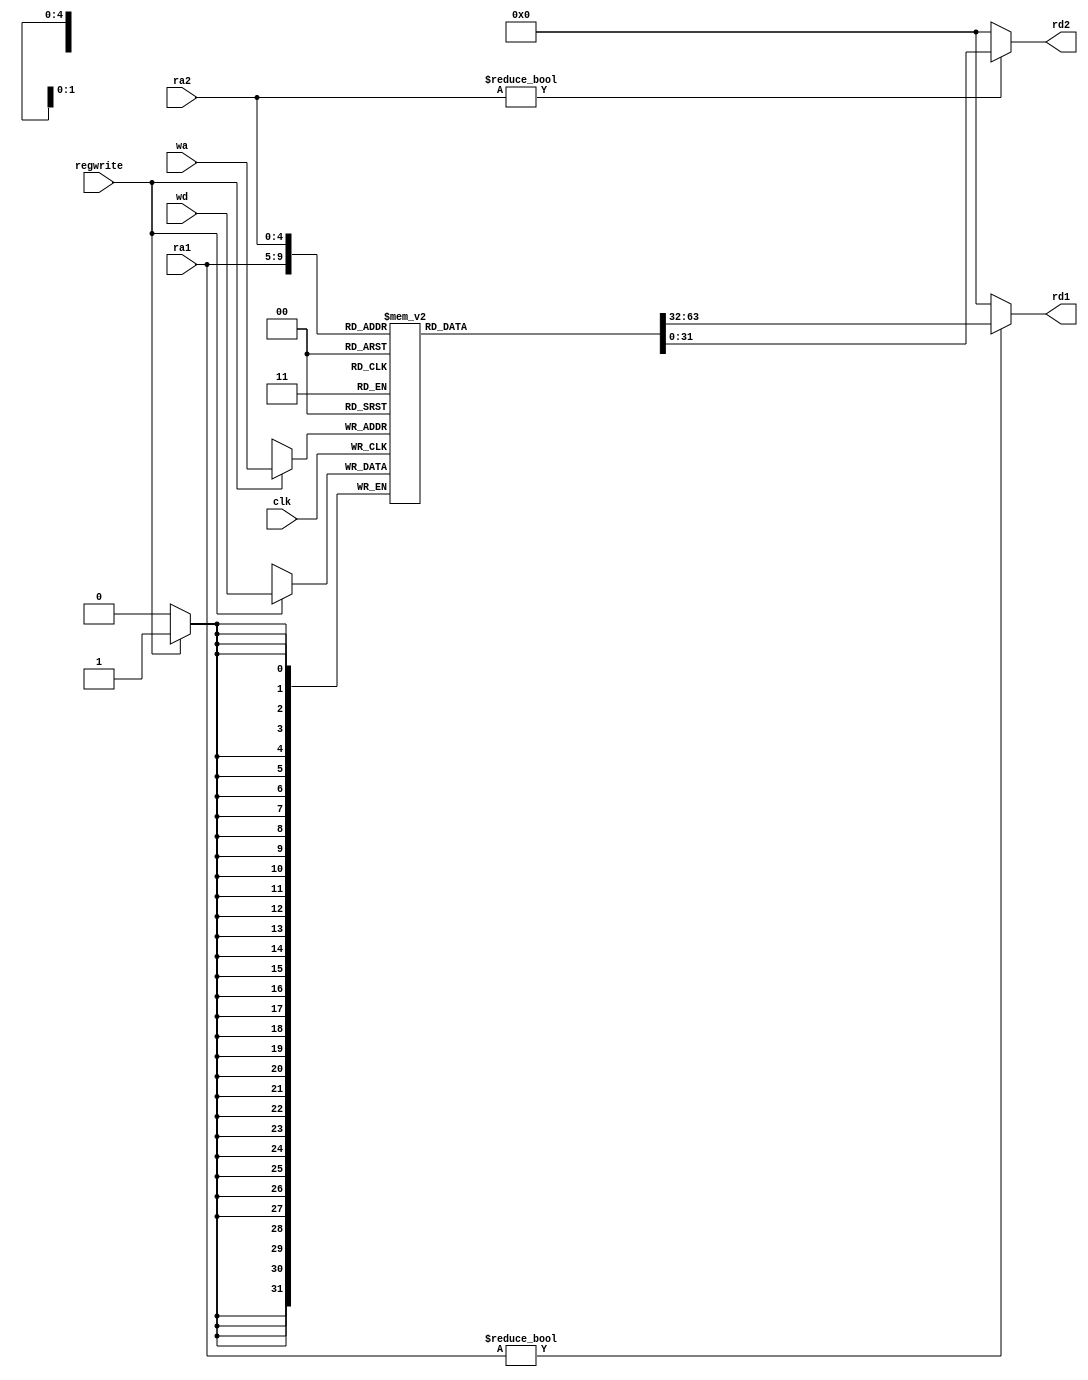
`timescale 1ns / 1ps
//////////////////////////////////////////////////////////////////////////////////
// Company: 
// Engineer: 
// 
// Design Name: 
// Module Name: regfile
// Project Name: 
// Target Devices: 
// Tool Versions: 
// Description: 
// 
// Dependencies: 
// 
// Revision:
// Revision 0.01 - File Created
// Additional Comments:
// 
//////////////////////////////////////////////////////////////////////////////////


module regfile #(parameter WIDTH = 32, REGBITS = 5) (
    input                   clk,
    input                   regwrite,
    input   [REGBITS-1:0]   ra1, ra2, wa,
    input   [WIDTH-1  :0]   wd,
    output  [WIDTH-1  :0]   rd1, rd2
    );
    
    reg     [WIDTH-1  :0]   RAM[(1<<REGBITS)-1 : 0];
    
    // 3-ported register file
    // read two ports combinationally
    // write third port on rising edge of clock
    // register 0 hardwired to 0
    always @(posedge clk)
        if (regwrite) RAM[wa] <= wd;
        
    assign rd1 = ra1 ? RAM[ra1] : 0;
    assign rd2 = ra2 ? RAM[ra2] : 0;
    
endmodule